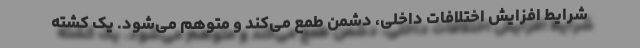
شرایط افزایش اختلافات داخلی، دشمن طمع می‌کند و متوهم می‌شود. یک کشته